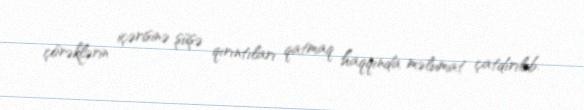
çörəklərin içərisinə şüşə qırıntıları qatmaq haqqında məlumat çatdırılıb.